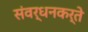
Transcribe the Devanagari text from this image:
संवर्धनकर्ते